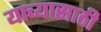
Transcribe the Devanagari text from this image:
याच्यासाठी